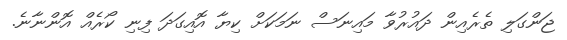
ޖަންގަލި ތެރެއިން ދައުރުވާ މައިނަސް ނަމަކަށް ކިޔާ އޮއިގަދަ ފިނި ކޯރެއް އޮންނާނެ.